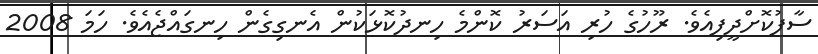
ސާފުކޮށްދީފިއެވެ. ރޫހުގެ ހުރި އަސަރު ކޮންމެ ހިނދުކޮޅަކުން އެނގިގެން ހިނގައްޖެއެވެ. ހަމަ 2008